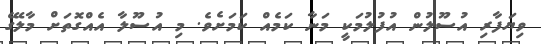
ވިޔަފާރި އުސޫލުން އުފުލުމަކީ މަނާ ކަމެއް ކަމަށެވެ. މި އުސޫލާ އެއްގޮތަށް މާލޭގެ